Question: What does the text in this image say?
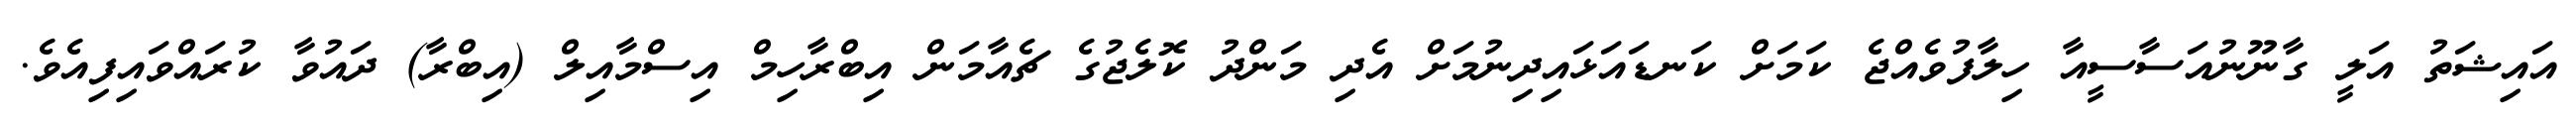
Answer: އައިޝަތު އަލީ ގާނޫނުއަސާސީއާ ހިލާފުވެއްޖެ ކަމަށް ކަނޑައަޅައިދިނުމަށް އެދި މަންދު ކޮލެޖުގެ ޗެއާމަން އިބްރާހިމް އިސްމާއިލް (އިބްރާ) ދައުވާ ކުރައްވައިފިއެވެ.